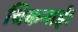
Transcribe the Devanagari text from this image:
चिकनाई।